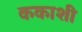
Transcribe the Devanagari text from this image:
ककाशी